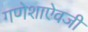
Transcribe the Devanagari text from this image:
गणेशाऐवजी